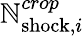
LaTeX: \mathbb{N}_{{\mathrm{{shock}}},i}^{crop}